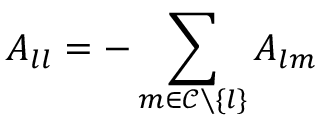
A _ { l l } = - \sum _ { m \in \mathcal { C } \setminus \{ l \} } A _ { l m }